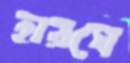
হারঘে